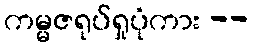
ကမ္မဇရုပ်ရှုပုံကား --